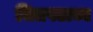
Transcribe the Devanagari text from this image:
चित्रपटाच्य